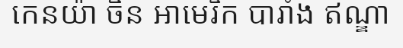
កេនយ៉ា ចិន អាមេរិក បារាំង ឥណ្ឌា